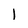
Character: l